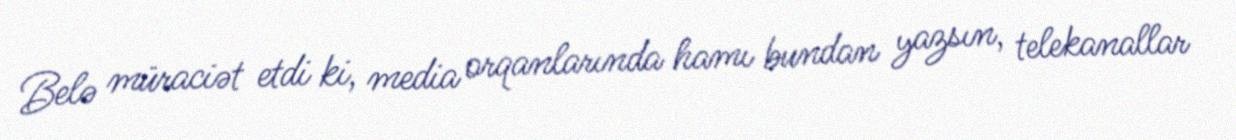
Belə müraciət etdi ki, media orqanlarında hamı bundan yazsın, telekanallar